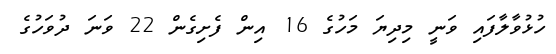
ހުޅުވާލާފައި ވަނީ މިދިޔަ މަހުގެ 16 އިން ފެށިގެން 22 ވަނަ ދުވަހުގެ